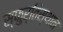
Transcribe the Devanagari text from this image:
स्फुर्तिस्थान